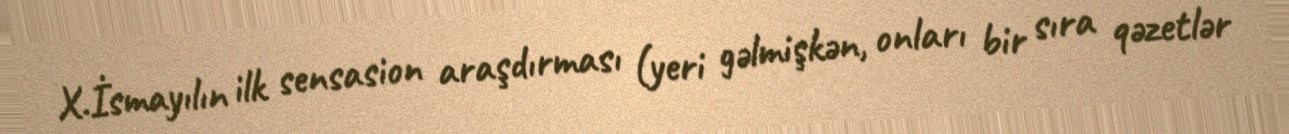
X.İsmayılın ilk sensasion araşdırması (yeri gəlmişkən, onları bir sıra qəzetlər